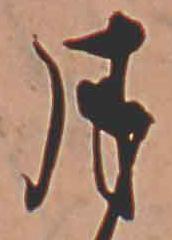
月